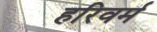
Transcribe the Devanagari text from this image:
हरिवर्म